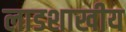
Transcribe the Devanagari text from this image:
लाडशाखीय